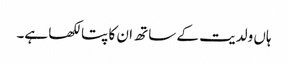
ہاں ولدیت کے ساتھ ان کا پتا لکھا ہے۔